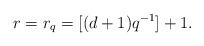
LaTeX: \begin{align*}r = r_q = [(d+1)q^{-1}] + 1.\end{align*}